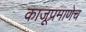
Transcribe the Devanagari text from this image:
काजूप्रमाणेच